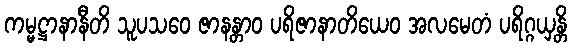
ကမ္မဋ္ဌာနာနီတိ သူပသဝေ ဇာနန္တာဝ ပရိဇာနာတိယေဝ အလမေတံ ပရိဂ္ဂယှန္တိ